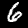
Label: 6